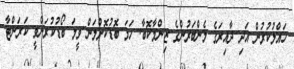
ހައްލުކުރުން އަދި ދާއިރަގެ މެންބަރުންގެ ޒިންމާކޮބާ. ހަމަ ބޮޑުކޮށްލަން ވީމަ ބޯޑުކުރަންވީ ކަރަންޓާ